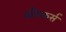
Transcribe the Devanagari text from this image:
कौन्कर्स